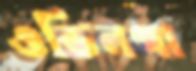
ওডিনগা